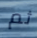
ثم